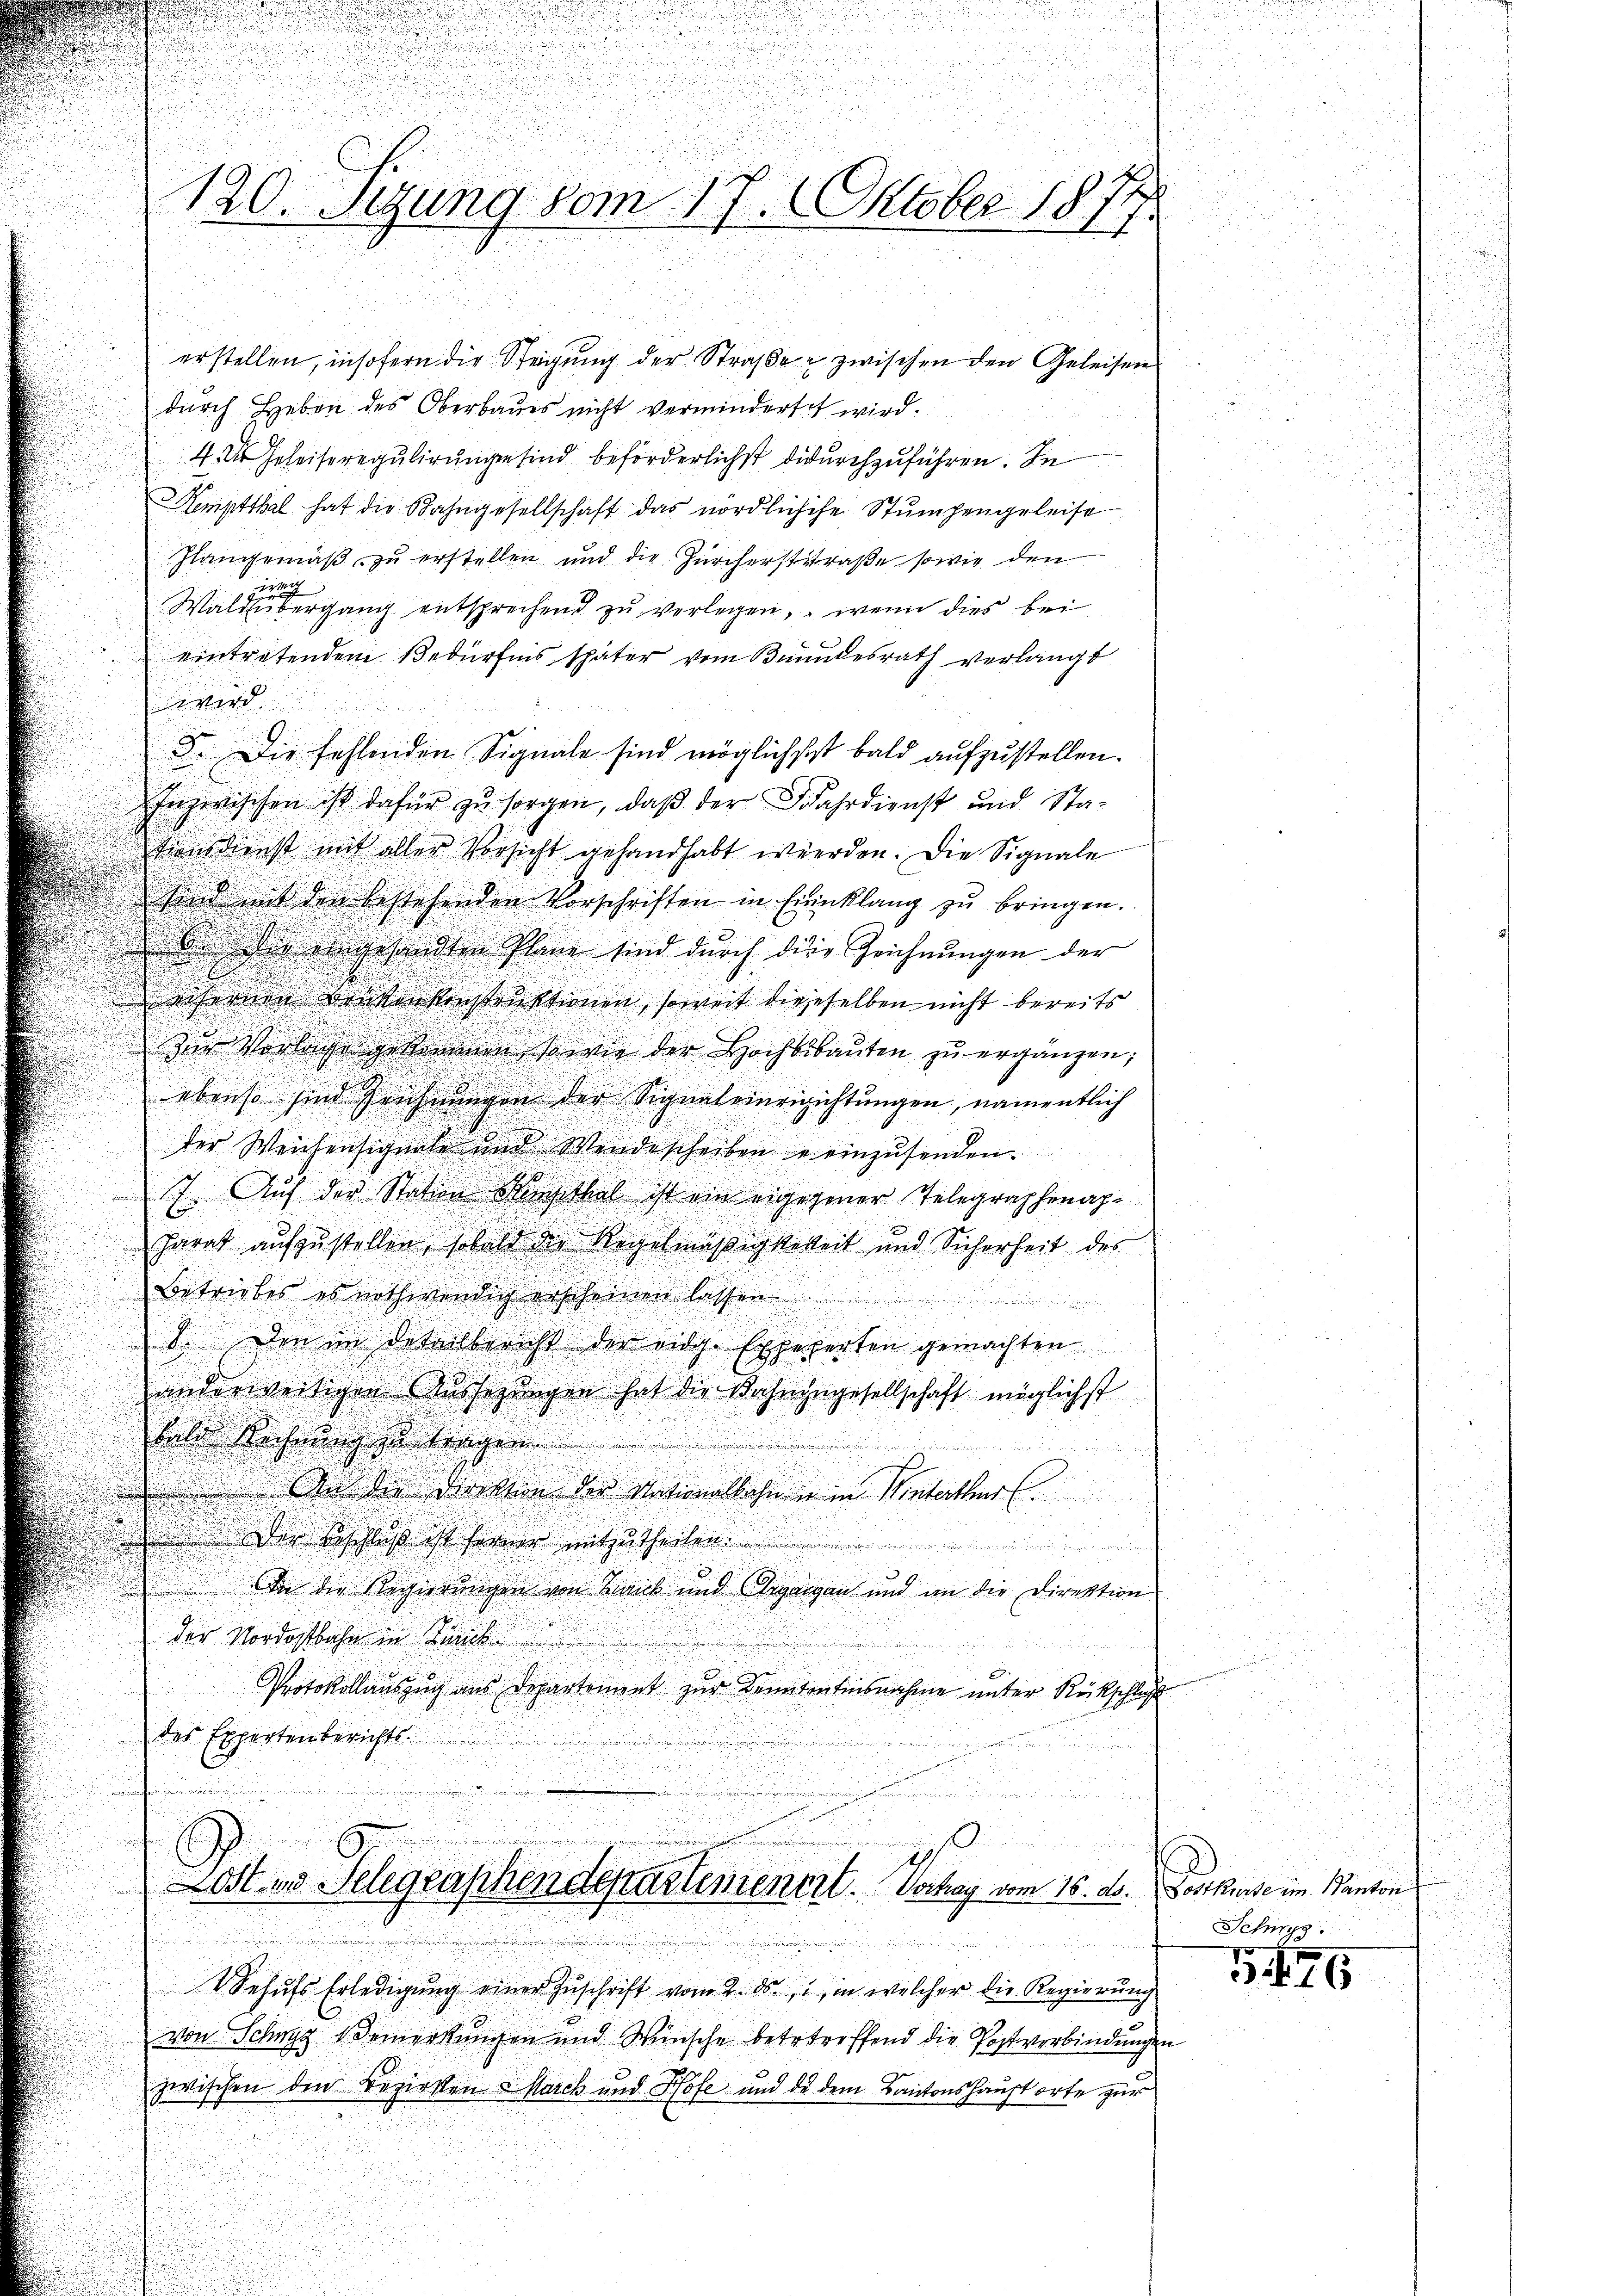
erstellen, insofern die Steigung der Straße zwischen den Geleisen
durch Heben des Oberbaues nicht vermindertet wird.
4. ds Geleise regulirungen sind beförderlichst dadurchzuführen. In
Kemptthal hat die Bahngesellschaft das nördlichige Stumpengeleise
Hangemäß zu erstellen und die Zürcherstraße sowie den
g
Wald übergang entsprechend zŭ verlegen, wenn dies bei
eintretendem Bedürfnis später vom Bundesrath verlangt
wird
8. Die fehlenden Signale sind möglichst bald aufzustellen.
Inzwischen ist dafür zŭ sorgen, daß der Fahrdienst und Sta-
Tonsdienst mit aller Vorsicht gehandhabt werden. Die Signale
sind mit den bestehenden Vorschriften in Einklang zŭ bringen.
d der eingesandten Plane sind durch die Zeichnŭngen der
defernen Benkenkonstruktionen, soweit diejeselben nicht bereits
zur Vorlage gekommen, so wie der Hochbibaŭten zŭ ergänzen;
ebenso sind Zeichnungen der Signaleinerzichtungen, namentlich
der Weichensignale und Wendescheiben u. einzusenden.
7. Auf der Station Seithel ist ein eigegener Telegraphenapparat aufzustellen, sobald der Regelmäßigkeit und Sicherheit des
Betriebes es nothwendig erscheinen lassen.

8. Den im Detailbericht der eidg. Expeperten gemachten
anderweitigen Aussezungen hat die Dochningesellschaft möglichst
heder Rechnung zu tragen
 An die Direktion der Nationalbahne in Winterthur
u
5
Der Beschluß ist ferner mitzutheilen.
e
In die Regierungen von Bank und Organgen und an die Direktion
der Vordostbahn in Kennt
Protokollauszug aus Departement zur Kenntentensnahme unter Rückschluß
des Expertenberichts.
n

Th.
Last es Telegraphendepartemenert. Dochag vom 16. d. Postkurse im Kanton

Behufs Erledigung einer Zuschrift vom 2. ds. in welcher die Regierung
von Schwyz Bemerkungen und Wünsche betetreffend die Postverbindungen
zwischen den Bezirken Marck und Hofe und de dem Kantonshauptorte zur
e

u
120. Sitzung vom 17. Oktober 1874.

Schweg

15. 179